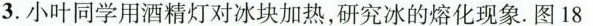
3.小叶同学用酒精灯对冰块加热，研究冰的熔化现象.图18